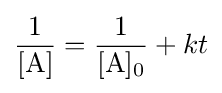
{\frac {1}{{\ce {[A]}}}}={\frac {1}{{\ce {[A]0}}}}+kt